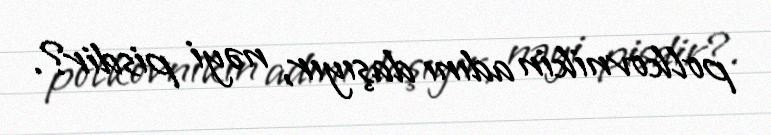
polkovnikin adını daşıyır, nəyi pisdir?.